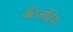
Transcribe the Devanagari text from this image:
ॲटलांटिक